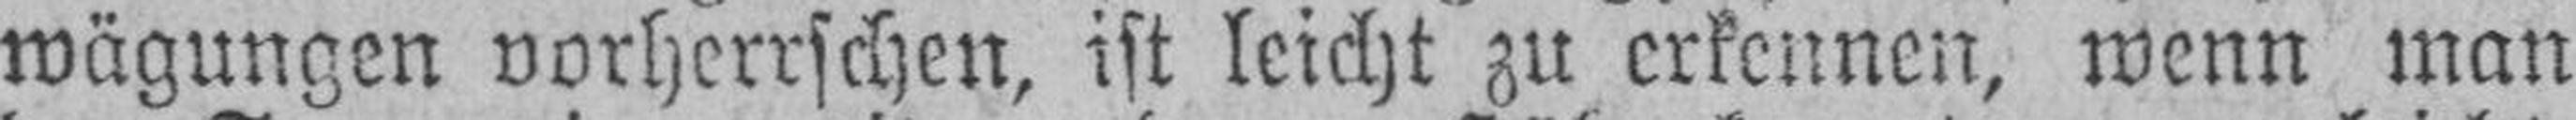
wägungen vorherrschen, ist leicht zu erkennen, wenn man